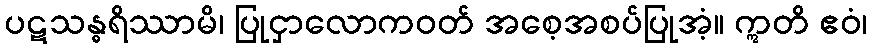
ပဋသန္ဓရိဿာမိ၊ ပြုငှာလောကဝတ် အစေ့အစပ်ပြုအံ့။ ဣတိ ဧဝံ၊